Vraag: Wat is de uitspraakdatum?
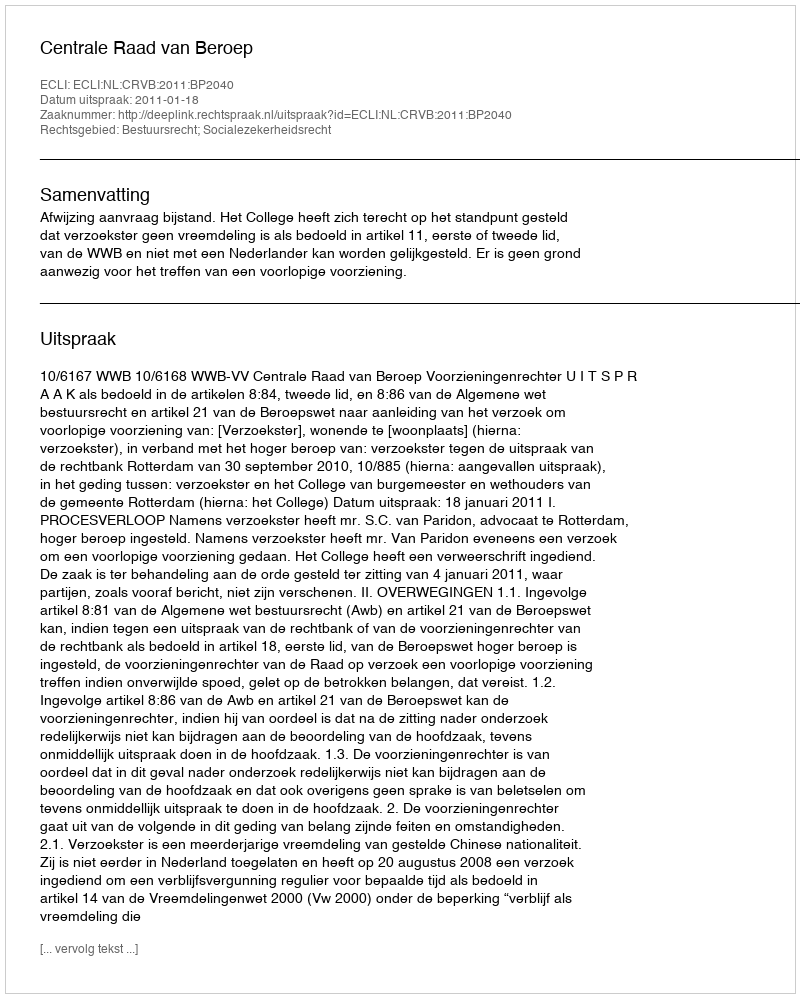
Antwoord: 2011-01-18